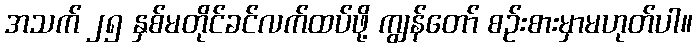
အသက် ၂၅ နှစ်မတိုင်ခင်လက်ထပ်ဖို့ ကျွန်တော် စဉ်းစားမှာမဟုတ်ပါ။